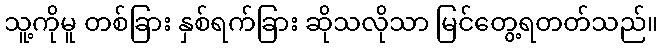
သူ့ကိုမူ တစ်ခြား နှစ်ရက်ခြား ဆိုသလိုသာ မြင်တွေ့ရတတ်သည်။